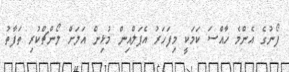
ފޯނުގެ އެންމެ ހާއްސަ ކަމަކީ މިފަހަރު އެޕަލްއިން މުޅިން އަލަށް ލޯންޗްކުރި ތަފާތު